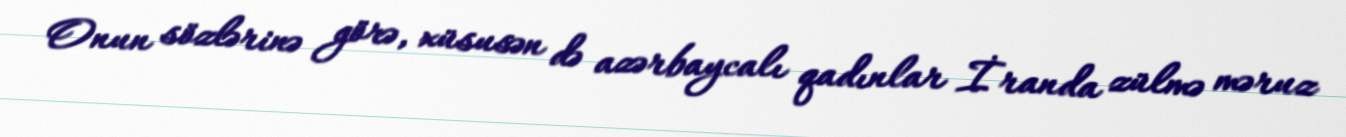
Onun sözlərinə görə, xüsusən də azərbaycalı qadınlar İranda zülmə məruz